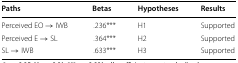
<table><thead><tr><td><b>Paths</b></td><td><b>Betas</b></td><td><b>Hypotheses</b></td><td><b>Results</b></td></tr></thead><tbody><tr><td>Perceived EO → IWB</td><td> .236***</td><td>H1</td><td>Supported</td></tr><tr><td>Perceived E → SL</td><td>.364***</td><td>H2</td><td>Supported</td></tr><tr><td>SL → IWB</td><td>.633***</td><td>H3</td><td>Supported</td></tr></tbody></table>